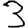
Digit: 3